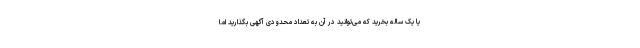
یا یک ساله بخرید که می‌توانید در آن به تعداد محدودی آگهی بگذارید اما